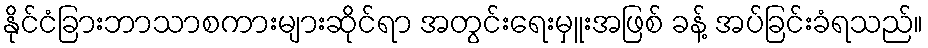
နိုင်ငံခြားဘာသာစကားများဆိုင်ရာ အတွင်းရေးမှူးအဖြစ် ခန့် အပ်ခြင်းခံရသည်။